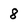
Character: 8